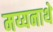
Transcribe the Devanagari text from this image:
मय्यनाथे